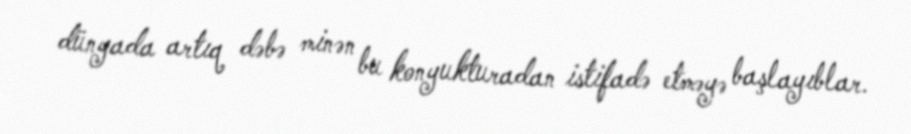
dünyada artıq dəbə minən bu konyukturadan istifadə etməyə başlayıblar.